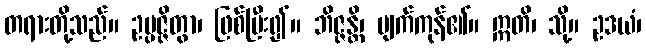
တရားတို့သည်။ ဥပ္ပဇ္ဇိတွာ၊ ဖြစ်ပြီး၍။ ဘိဇ္ဇန္တိ၊ ပျက်ကုန်၏။ ဣတိ၊ သို့။ ဥဒယံ၊